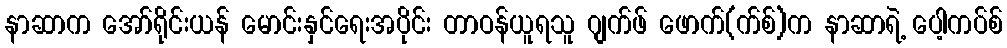
နာဆာက အော်ရိုင်းယန် မောင်းနှင်ရေးအပိုင်း တာဝန်ယူရသူ ဂျက်ဖ် ဖောက်(က်စ်)က နာဆာရဲ့ ပေါ့ကပ်စ်